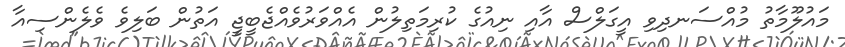
މައުލޫމާތު މުއްސަނދިވި އީގަލްސް އާއި ނިއުގެ ކުރިމަތިލުން އެއްވަރުވެއްޖެބީޖީ އަތުން ބަލިވެ ވެލެންސިއާ